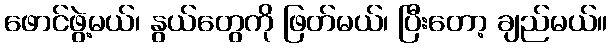
ဖောင်ဖွဲ့မယ်၊ နွယ်တွေကို ဖြတ်မယ်၊ ပြီးတော့ ချည်မယ်။